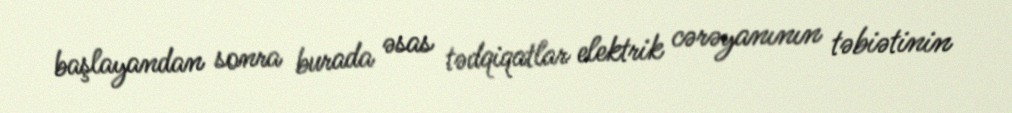
başlayandan sonra burada əsas tədqiqatlar elektrik cərəyanının təbiətinin